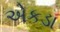
એકડા